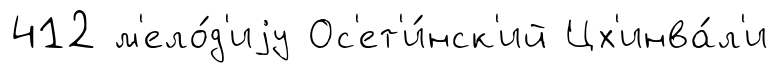
412 м'ело́д'иjу Ос'ет'и́нск'ий Цх'инва́л'и